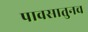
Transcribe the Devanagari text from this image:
पावसातुनच